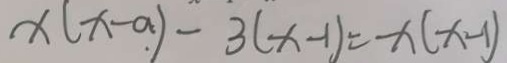
x ( x - a ) - 3 ( x - 1 ) = x ( x - 1 )